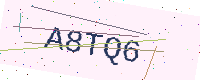
Text: A8TQ6